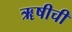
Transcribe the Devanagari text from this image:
ॠषीची